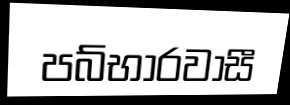
පබ්භාරවාසී